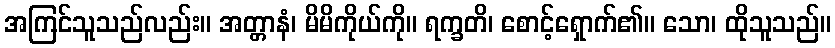
အကြင်သူသည်လည်း။ အတ္တာနံ၊ မိမိကိုယ်ကို။ ရက္ခတိ၊ စောင့်ရှောက်၏။ သော၊ ထိုသူသည်။